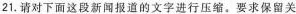
21.请对下面这段新闻报道的文字进行压缩。要求保留关